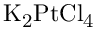
\mathrm { K _ { 2 } P t C l _ { 4 } }